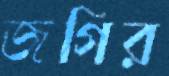
জগির